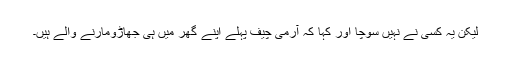
لیکن یہ کسی نے نہیں سوچا اور کہا کہ آرمی چیف پہلے اپنے گھر میں ہی جھاڑومارنے والے ہیں۔